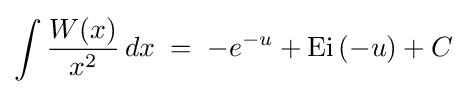
\int {\frac {W(x)}{x^{2}}}\,dx\;=\;-e^{-u}+\operatorname {Ei} \left(-u\right)+C